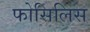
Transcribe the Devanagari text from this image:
फोसिलिस